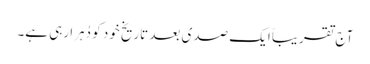
آج تقریباً ایک صدی بعد تاریخ خود کو دُہرا رہی ہے۔